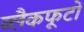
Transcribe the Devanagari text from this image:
ब्लैकफूटों